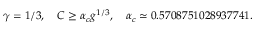
\gamma = 1 / 3 , \quad C \geq \alpha _ { c } g ^ { 1 / 3 } , \quad \alpha _ { c } \simeq 0 . 5 7 0 8 7 5 1 0 2 8 9 3 7 7 4 1 .